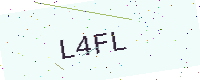
Text: L4FL